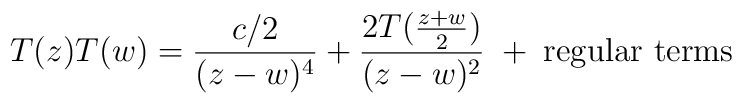
T(z)T(w)=\frac{c/2}{(z-w)^4} +\frac{2T(\frac{z+w}{2})}{(z-w)^2}  \; + \; \mbox{regular terms}